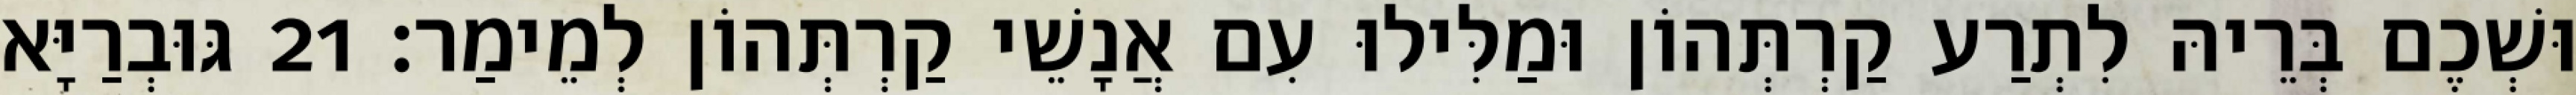
וּשְׁכֶם בְּרֵיהּ לִתְרַע קַרְתְּהוֹן וּמַלִּילוּ עִם אֲנָשֵׁי קַרְתְּהוֹן לְמֵימַר׃ 21 גּוּבְרַיָּא